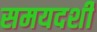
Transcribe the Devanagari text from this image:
समयदर्शी